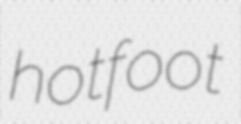
hotfoot